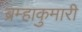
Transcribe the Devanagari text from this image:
ब्रम्हाकुमारी